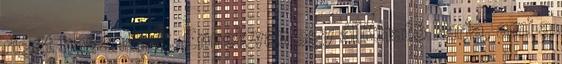
riget használjuk. Ennek van egy állítható karja, ami a